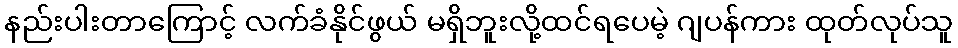
နည်းပါးတာကြောင့် လက်ခံနိုင်ဖွယ် မရှိဘူးလို့ထင်ရပေမဲ့ ဂျပန်ကား ထုတ်လုပ်သူ